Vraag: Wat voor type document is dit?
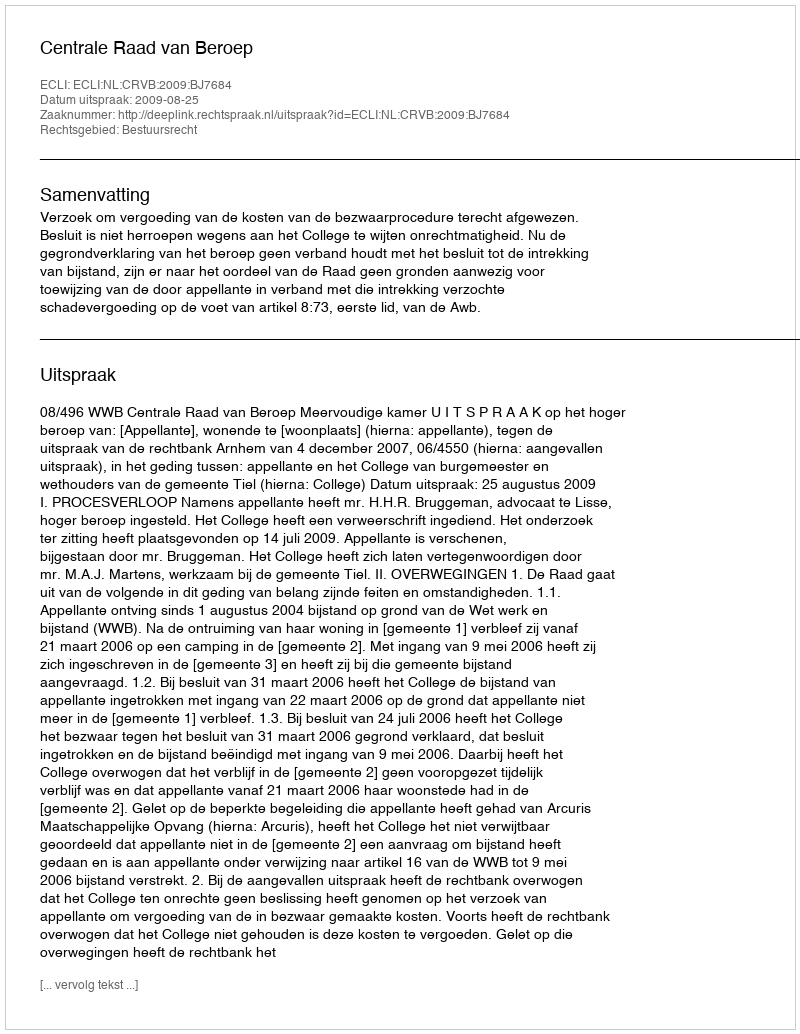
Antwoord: Uitspraak